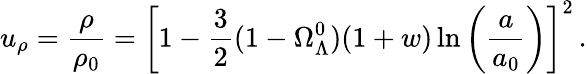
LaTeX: u_{\rho}=\frac{\rho}{\rho_{0}}=\left[1-\frac{3}{2}(1-\Omega_{\Lambda}^{0})(1+w)\ln\left(\frac{a}{a_{0}}\right)\right]^{2}\, .